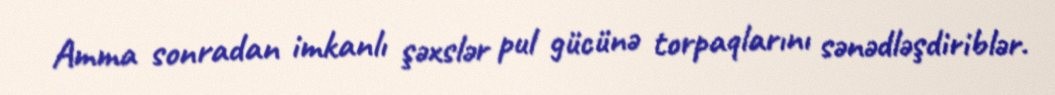
Amma sonradan imkanlı şəxslər pul gücünə torpaqlarını sənədləşdiriblər.